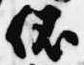
依